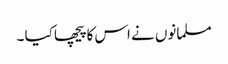
مسلمانوں نے اس کا پیچھا کیا ۔